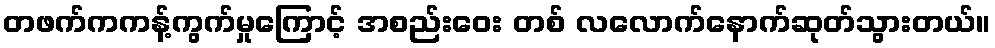
တဖက်ကကန့်ကွက်မှုကြောင့် အစည်းဝေး တစ် လလောက်နောက်ဆုတ်သွားတယ်။